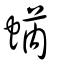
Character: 蜹